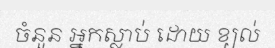
ចំនួន អ្នកស្លាប់ ដោយ ខ្យល់